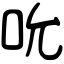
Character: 吮